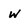
Character: w